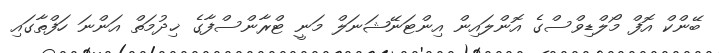
ބޭންކް އޮފް މޯލްޑިވްސްގެ އޮންލައިން އިންޓަނޭޝަނަލް މަނީ ޓްރާންސްފާގެ ޚިދުމަތް އަންނަ ހަފްތާގައި